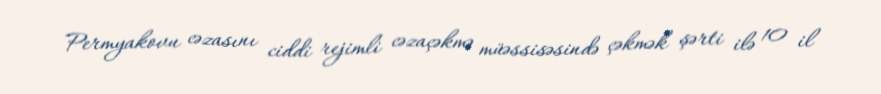
Permyakovu cəzasını ciddi rejimli cəzaçəkmə müəssisəsində çəkmək şərti ilə 10 il